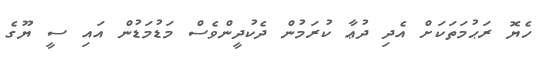
ހެޔޮ ރަޙުމަތަކަށް އެދި ދުޢާ ކުރަމުން ދެކުދީންވެސް މަޑުމަޑުން އައި ސީ ޔޫގެ